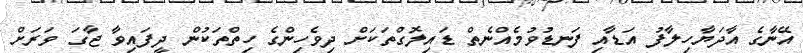
އޭނާގެ އާދަޔާހިލާފު އަޑާއި ފަނޑުވުމެއްނެތް ޑައިލޮގްތަކަށް ދިވެހިންގެ ހިތްތަކުން ދީފައިވާ ޖާގަ ވަރަށް